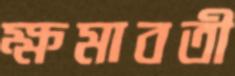
ক্ষমাবতী